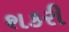
શકરી